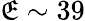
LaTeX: \mathfrak{E}\sim39